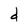
Character: d